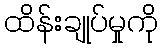
ထိန်းချုပ်မှုကို